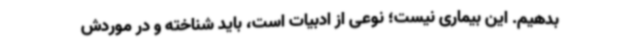
بدهیم. این بیماری نیست؛ نوعی از ادبیات است، باید شناخته و در موردش